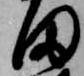
田